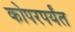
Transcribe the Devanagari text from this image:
कोपरपर्यंत